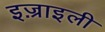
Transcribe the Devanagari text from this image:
इज़्राइली